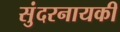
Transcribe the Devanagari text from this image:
सुंदरनायकी